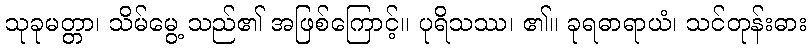
သုခုမတ္တာ၊ သိမ်မွေ့ သည်၏ အဖြစ်ကြောင့်။ ပုရိသဿ၊ ၏။ ခုရဓာရာယံ၊ သင်တုန်းဓား